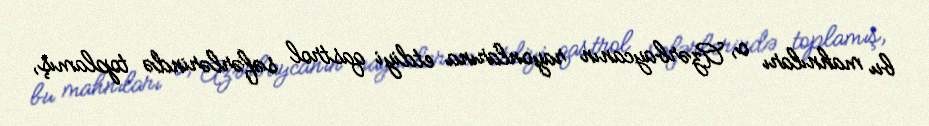
bu mahnıları o, Azərbaycanın rayonlarına etdiyi qastrol səfərlərində toplamış,